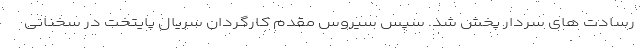
رسادت های سردار پخش شد. سپس سیروس مقدم کارگردان سریال پایتخت در سخنانی